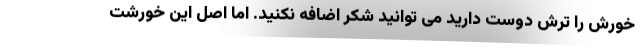
خورش را ترش دوست دارید می توانید شکر اضافه نکنید. اما اصل این خورشت